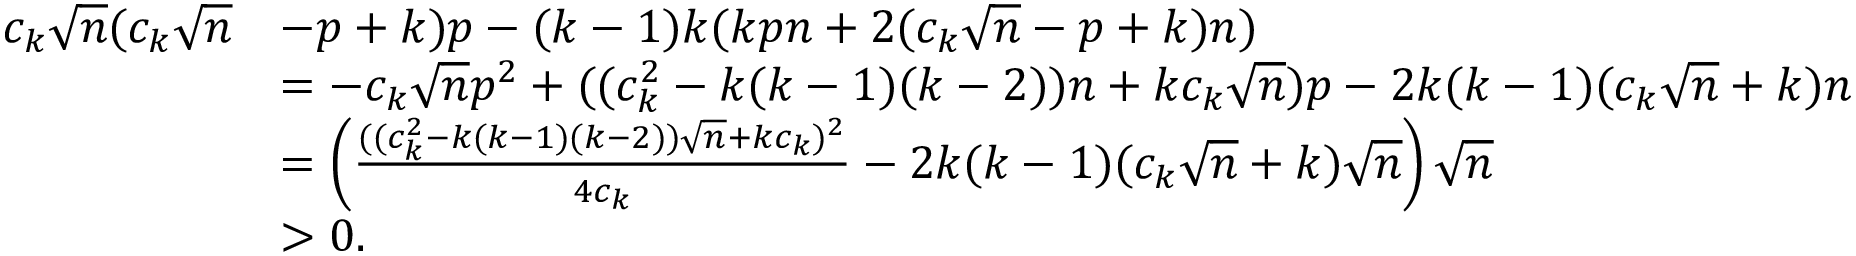
\begin{array} { r l } { c _ { k } \sqrt { n } ( c _ { k } \sqrt { n } } & { - p + k ) p - ( k - 1 ) k ( k p n + 2 ( c _ { k } \sqrt { n } - p + k ) n ) } \\ & { = - c _ { k } \sqrt { n } p ^ { 2 } + ( ( c _ { k } ^ { 2 } - k ( k - 1 ) ( k - 2 ) ) n + k c _ { k } \sqrt { n } ) p - 2 k ( k - 1 ) ( c _ { k } \sqrt { n } + k ) n } \\ & { = \left( \frac { ( ( c _ { k } ^ { 2 } - k ( k - 1 ) ( k - 2 ) ) \sqrt { n } + k c _ { k } ) ^ { 2 } } { 4 c _ { k } } - 2 k ( k - 1 ) ( c _ { k } \sqrt { n } + k ) \sqrt { n } \right) \sqrt { n } } \\ & { > 0 . } \end{array}